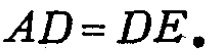
\(AD = DE.\)